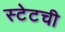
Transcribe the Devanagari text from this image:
स्टेटची